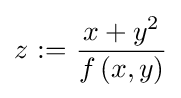
z\ \mathrm {:=} \ {\frac {x+y^{2}}{f\left(x,y\right)}}